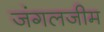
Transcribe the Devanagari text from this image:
जंगलजीम